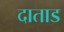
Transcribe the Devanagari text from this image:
दाताड